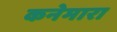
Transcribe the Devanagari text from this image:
कनेमारा